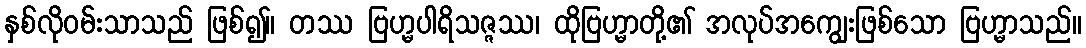
နှစ်လိုဝမ်းသာသည် ဖြစ်၍။ တဿ ဗြဟ္မပါရိသဇ္ဇဿ၊ ထိုဗြဟ္မာတို့၏ အလုပ်အကျွေးဖြစ်သော ဗြဟ္မာသည်။